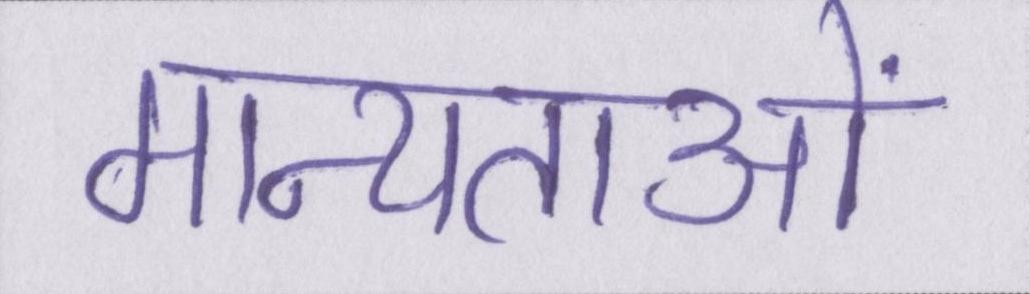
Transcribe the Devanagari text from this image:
मान्यताओं